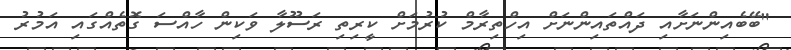
"ބޭބެއިންނަށާއި ދައްތައިންނަށް އިހްތިރާމް ކުރުމަށް ކީރިތި ރަސޫލާ ވަކިން ހާއްސަ ގޮތެއްގައި އަމުރު